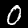
Label: 0